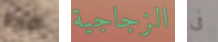
البرية الزجاجية فى